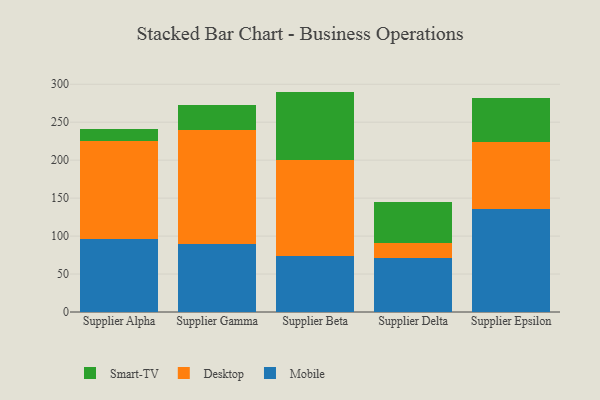
{"axis": {"x": "Supplier", "y": "Revenue (USD Million)"}, "legend": ["Desktop", "Mobile", "Smart-TV"], "data": [{"x": "Supplier Alpha", "y": 96.3, "type": "Mobile"}, {"x": "Supplier Alpha", "y": 129.5, "type": "Desktop"}, {"x": "Supplier Alpha", "y": 14.9, "type": "Smart-TV"}, {"x": "Supplier Gamma", "y": 89.0, "type": "Mobile"}, {"x": "Supplier Gamma", "y": 151.2, "type": "Desktop"}, {"x": "Supplier Gamma", "y": 32.9, "type": "Smart-TV"}, {"x": "Supplier Beta", "y": 74.1, "type": "Mobile"}, {"x": "Supplier Beta", "y": 126.1, "type": "Desktop"}, {"x": "Supplier Beta", "y": 90.1, "type": "Smart-TV"}, {"x": "Supplier Delta", "y": 70.9, "type": "Mobile"}, {"x": "Supplier Delta", "y": 19.6, "type": "Desktop"}, {"x": "Supplier Delta", "y": 54.0, "type": "Smart-TV"}, {"x": "Supplier Epsilon", "y": 135.2, "type": "Mobile"}, {"x": "Supplier Epsilon", "y": 89.0, "type": "Desktop"}, {"x": "Supplier Epsilon", "y": 58.2, "type": "Smart-TV"}]}